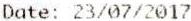
DATE: 23/07/2017